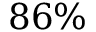
8 6 \%